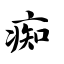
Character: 痴